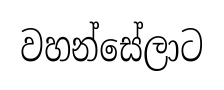
වහන්සේලාට